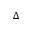
\Delta